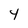
Character: 4